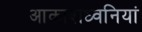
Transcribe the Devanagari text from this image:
आकाशध्वनियां